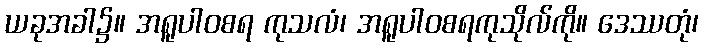
ယခုအခါ၌။ အရူပါဝစရ ကုသလံ၊ အရူပါဝစရကုသိုလ်ကို။ ဒေဿတုံ၊